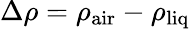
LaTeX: \Delta\rho=\rho_{\mathrm{air}}-\rho_{\mathrm{liq}}